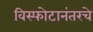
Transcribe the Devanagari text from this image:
विस्फोटानंतरचे